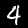
Digit: 4